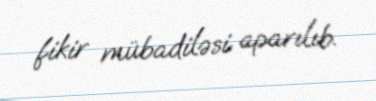
fikir mübadiləsi aparılıb.